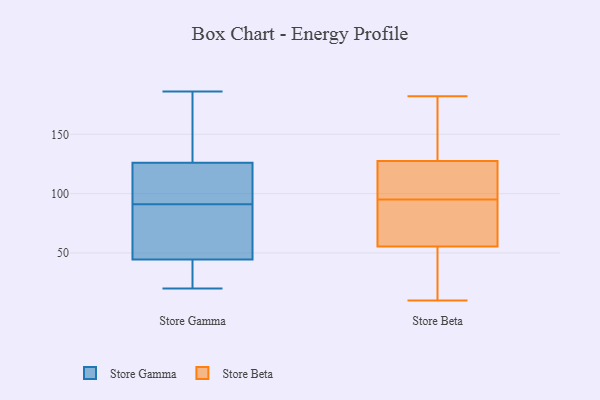
{"axis": {"x": "LTV (USD)", "y": "Value"}, "legend": ["Store Beta", "Store Gamma"], "data": [{"x": "", "y": 174, "type": "Store Gamma"}, {"x": "", "y": 96, "type": "Store Gamma"}, {"x": "", "y": 124, "type": "Store Gamma"}, {"x": "", "y": 47, "type": "Store Gamma"}, {"x": "", "y": 100, "type": "Store Gamma"}, {"x": "", "y": 128, "type": "Store Gamma"}, {"x": "", "y": 21, "type": "Store Gamma"}, {"x": "", "y": 56, "type": "Store Gamma"}, {"x": "", "y": 186, "type": "Store Gamma"}, {"x": "", "y": 86, "type": "Store Gamma"}, {"x": "", "y": 20, "type": "Store Gamma"}, {"x": "", "y": 71, "type": "Store Gamma"}, {"x": "", "y": 41, "type": "Store Gamma"}, {"x": "", "y": 117, "type": "Store Gamma"}, {"x": "", "y": 186, "type": "Store Gamma"}, {"x": "", "y": 42, "type": "Store Gamma"}, {"x": "", "y": 105, "type": "Store Beta"}, {"x": "", "y": 102, "type": "Store Beta"}, {"x": "", "y": 31, "type": "Store Beta"}, {"x": "", "y": 47, "type": "Store Beta"}, {"x": "", "y": 65, "type": "Store Beta"}, {"x": "", "y": 77, "type": "Store Beta"}, {"x": "", "y": 109, "type": "Store Beta"}, {"x": "", "y": 88, "type": "Store Beta"}, {"x": "", "y": 10, "type": "Store Beta"}, {"x": "", "y": 147, "type": "Store Beta"}, {"x": "", "y": 138, "type": "Store Beta"}, {"x": "", "y": 43, "type": "Store Beta"}, {"x": "", "y": 141, "type": "Store Beta"}, {"x": "", "y": 85, "type": "Store Beta"}, {"x": "", "y": 117, "type": "Store Beta"}, {"x": "", "y": 177, "type": "Store Beta"}, {"x": "", "y": 104, "type": "Store Beta"}, {"x": "", "y": 10, "type": "Store Beta"}, {"x": "", "y": 182, "type": "Store Beta"}, {"x": "", "y": 64, "type": "Store Beta"}]}